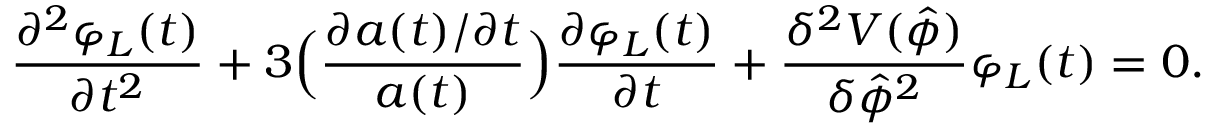
\frac { \partial ^ { 2 } \varphi _ { L } ( t ) } { \partial t ^ { 2 } } + 3 \Bigl ( \frac { \partial a ( t ) / \partial t } { a ( t ) } \Bigr ) \frac { \partial \varphi _ { L } ( t ) } { \partial t } + \frac { \delta ^ { 2 } V ( \hat { \phi } ) } { \delta \hat { \phi } ^ { 2 } } \varphi _ { L } ( t ) = 0 .